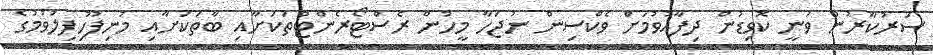
ސަރުކާރުން ވަނީ ކޮވިޑުން ދިފާއުވުމަށް ވެކްސިން ނުޖަހާ މީހުން ރެސްޓޯރެންޓްތަކަށާއި ބާތަކަށާއި މުނިފޫހިފިލުވުމުގެ